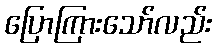
ပြောကြားသော်လည်း